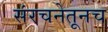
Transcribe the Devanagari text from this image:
संरचनेतूनच